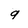
Character: 9